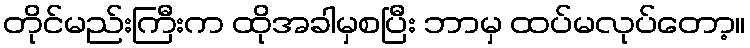
တိုင်မည်းကြီးက ထိုအခါမှစပြီး ဘာမှ ထပ်မလုပ်တော့။